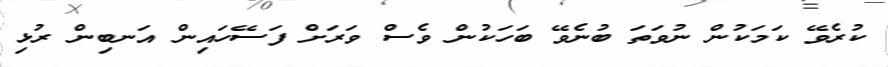
ކުރެވޭ ކަމަކުން ނުވަތަ ބުނެވޭ ބަހަކުން ވެސް ވަރަށް ފަސޭހައިން އަނބިން ރުޅި